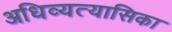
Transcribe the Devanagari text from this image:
अधिव्यत्यासिका